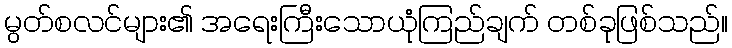
မွတ်စလင်များ၏ အရေးကြီးသောယုံကြည်ချက် တစ်ခုဖြစ်သည်။